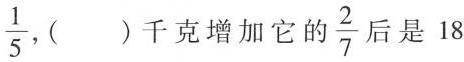
\frac{1}{5}，()千克增加它的\frac{2}{7}后是18